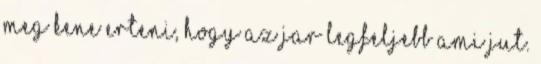
Meg kene erteni, hogy az jar legfeljebb ami jut.